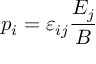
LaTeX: p _ { i } = \varepsilon _ { i j } \frac { E _ { j } } { B }